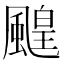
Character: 䬖